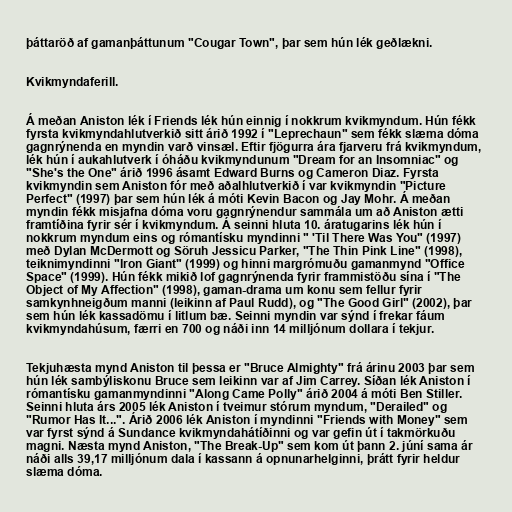
þáttaröð af gamanþáttunum "Cougar Town", þar sem hún lék geðlækni.

Kvikmyndaferill.

Á meðan Aniston lék í Friends lék hún einnig í nokkrum kvikmyndum. Hún fékk
fyrsta kvikmyndahlutverkið sitt árið 1992 í "Leprechaun" sem fékk slæma dóma
gagnrýnenda en myndin varð vinsæl. Eftir fjögurra ára fjarveru frá kvikmyndum,
lék hún í aukahlutverk í óháðu kvikmyndunum "Dream for an Insomniac" og
"She's the One" árið 1996 ásamt Edward Burns og Cameron Diaz. Fyrsta
kvikmyndin sem Aniston fór með aðalhlutverkið í var kvikmyndin "Picture
Perfect" (1997) þar sem hún lék á móti Kevin Bacon og Jay Mohr. Á meðan
myndin fékk misjafna dóma voru gagnrýnendur sammála um að Aniston ætti
framtíðina fyrir sér í kvikmyndum. Á seinni hluta 10. áratugarins lék hún í
nokkrum myndum eins og rómantísku myndinni " 'Til There Was You" (1997)
með Dylan McDermott og Söruh Jessicu Parker, "The Thin Pink Line" (1998),
teiknimyndinni "Iron Giant" (1999) og hinni margrómuðu gamanmynd "Office
Space" (1999). Hún fékk mikið lof gagnrýnenda fyrir frammistöðu sína í "The
Object of My Affection" (1998), gaman-drama um konu sem fellur fyrir
samkynhneigðum manni (leikinn af Paul Rudd), og "The Good Girl" (2002), þar
sem hún lék kassadömu í litlum bæ. Seinni myndin var sýnd í frekar fáum
kvikmyndahúsum, færri en 700 og náði inn 14 milljónum dollara í tekjur.

Tekjuhæsta mynd Aniston til þessa er "Bruce Almighty" frá árinu 2003 þar sem
hún lék sambýliskonu Bruce sem leikinn var af Jim Carrey. Síðan lék Aniston í
rómantísku gamanmyndinni "Along Came Polly" árið 2004 á móti Ben Stiller.
Seinni hluta árs 2005 lék Aniston í tveimur stórum myndum, "Derailed" og
"Rumor Has It...". Árið 2006 lék Aniston í myndinni "Friends with Money" sem
var fyrst sýnd á Sundance kvikmyndahátíðinni og var gefin út í takmörkuðu
magni. Næsta mynd Aniston, "The Break-Up" sem kom út þann 2. júní sama ár
náði alls 39,17 milljónum dala í kassann á opnunarhelginni, þrátt fyrir heldur
slæma dóma.